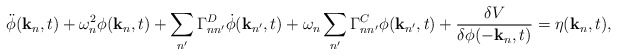
\begin{align*}\ddot{\phi}({\bf k}_n,t) +\omega_n^2 \phi({\bf k}_n,t)+\sum_{n'} \Gamma^D_{nn'} {\dot \phi}({\bf k}_{n'},t)+\omega_n \sum_{n'} \Gamma^C_{nn'} \phi({\bf k}_{n'},t)+\frac{\delta V}{\delta \phi (-{\bf k}_n,t)} = \eta({\bf k}_n,t),\end{align*}